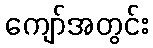
ကျော်အတွင်း